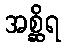
အစ္ဆိရ